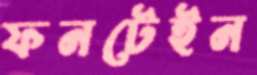
ফনটেইন